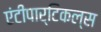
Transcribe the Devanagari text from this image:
एंटीपार्टिकल्स